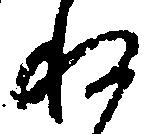
ね